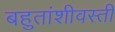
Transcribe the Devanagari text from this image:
बहुतांशीवस्ती